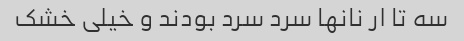
سه تا ار نانها سرد سرد بودند و خیلی خشک